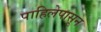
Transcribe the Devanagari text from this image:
पाहिलेपासून